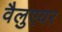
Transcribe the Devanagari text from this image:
वैलुएयर